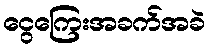
ငွေကြေးအခက်အခဲ